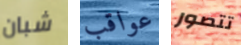
شبان عواقب تتصور